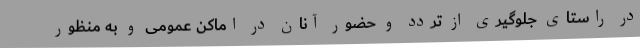
در راستای جلوگیری از تردد و حضور آنان در اماکن‌ عمومی و به منظور